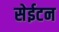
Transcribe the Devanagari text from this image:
सेईटन